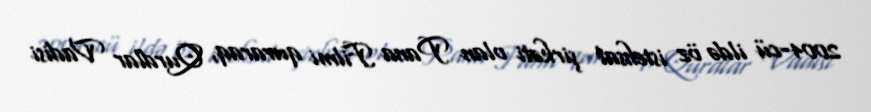
2004-cü ildə öz istehsal şirkəti olan Pana Filmi quraraq, Qurdlar Vadisi